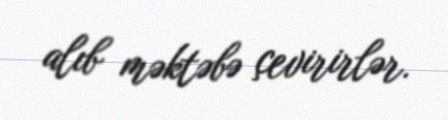
alıb məktəbə çevirirlər.